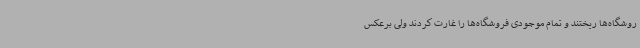
روشگاه‌ها ریختند و تمام موجودی فروشگاه‌ها را غارت کردند ولی برعکس